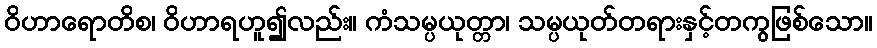
ဝိဟာရောတိစ၊ ဝိဟာရဟူ၍လည်း။ ကံသမ္ပယုတ္တာ၊ သမ္ပယုတ်တရားနှင့်တကွဖြစ်သော။